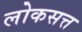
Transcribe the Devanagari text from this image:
लोकसत्त